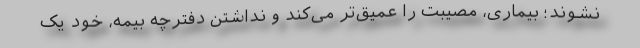
نشوند؛ بیماری، مصیبت را عمیق‌تر می‌کند و نداشتن دفترچه بیمه، خود یک